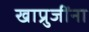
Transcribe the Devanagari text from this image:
खाप्रुजींना